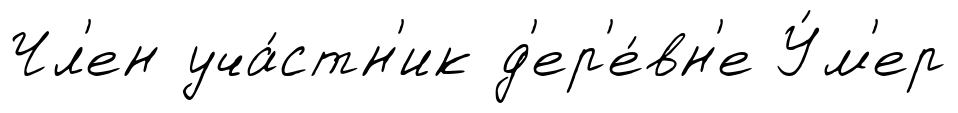
Чл'ен уча́стн'ик д'ер'е́вн'е У́м'ер